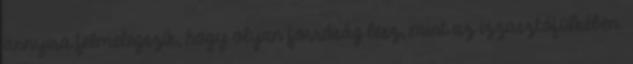
annyira felmelegszik, hogy olyan forróság lesz, mint az izzasztófülkében.